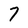
Character: 7